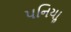
પનિયાૢ